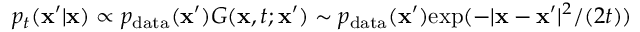
p _ { t } ( \mathbf { x } ^ { \prime } | \mathbf { x } ) \propto p _ { \mathrm { d a t a } } ( \mathbf { x } ^ { \prime } ) G ( \mathbf { x } , t ; \mathbf { x } ^ { \prime } ) \sim p _ { \mathrm { d a t a } } ( \mathbf { x } ^ { \prime } ) \mathrm { e x p } ( - | \mathbf { x } - \mathbf { x } ^ { \prime } | ^ { 2 } / ( 2 t ) )